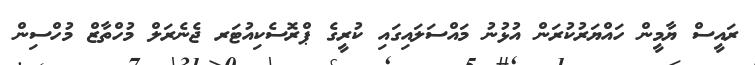
ރައީސް ޔާމީން ހައްޔަރުކުރަން އުޅުނު މައްސަލައިގައި ކުރީގެ ޕްރޮސެކިއުޓަރ ޖެނެރަލް މުހްތާޒް މުހްސިން